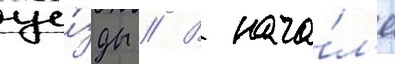
уе́зды // В нача́л'е